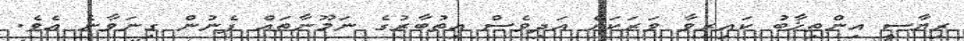
ރިޔާސީ އިންތިޚާބު ކައިރިވާ ވަރަކަށް އަދިވެސް އިތުބާރުގެ ނަމޫނާތައް ފެނުން ގިނަވާނެ އެވެ.